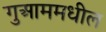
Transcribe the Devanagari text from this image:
गुआममधील